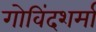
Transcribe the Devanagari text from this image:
गोविंदशर्मा